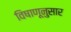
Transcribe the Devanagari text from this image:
विषाणूनुसार